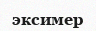
эксимер